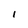
Character: I